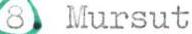
8. Mursut